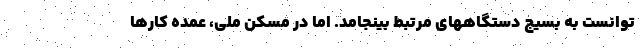
توانست به بسیج دستگاههای مرتبط بینجامد. اما در مسکن ملی، عمده کارها